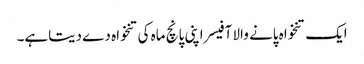
ایک تنخواہ پانے والا آفیسر اپنی پانچ ماہ کی تنخواہ دے دیتاہے۔